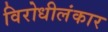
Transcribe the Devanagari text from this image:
विरोधीलंकार